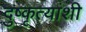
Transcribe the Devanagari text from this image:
दुष्कृत्यांशी